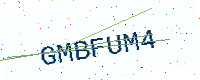
Text: GMBFUM4